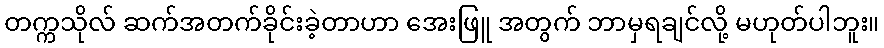
တက္ကသိုလ် ဆက်အတက်ခိုင်းခဲ့တာဟာ အေးဖြူ အတွက် ဘာမှရချင်လို့ မဟုတ်ပါဘူး။